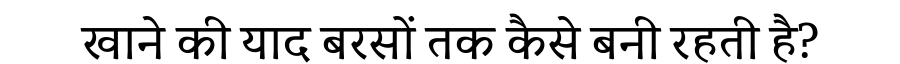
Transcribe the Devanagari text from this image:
खाने की याद बरसों तक कैसे बनी रहती है?